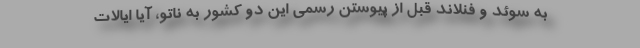
به سوئد و فنلاند قبل از پیوستن رسمی این دو کشور به ناتو، آیا ایالات